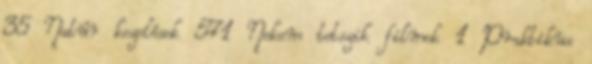
35 Natúr kezelések 571 Nekem tetszik filmek 1 Praktikus